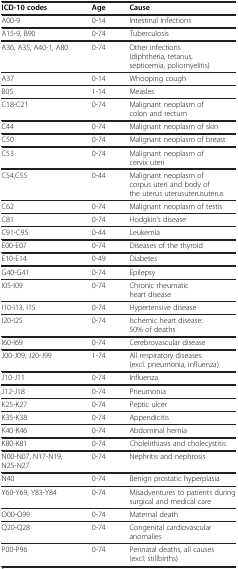
| ICD-10 codes | Age | Cause |
 | --- | --- | --- |
 | A00-9 | 0-14 | Intestinal infections |
 | A15-9, B90 | 0-74 | Tuberculosis |
 | A36, A35, A40-1, A80 | 0-74 | Other infections (diphtheria, tetanus, septicemia, poliomyelitis) |
 | A37 | 0-14 | Whooping cough |
 | B05 | 1-14 | Measles |
 | C18-C21 | 0-74 | Malignant neoplasm of colon and rectum |
 | C44 | 0-74 | Malignant neoplasm of skin |
 | C50 | 0-74 | Malignant neoplasm of breast |
 | C53 | 0-74 | Malignant neoplasm of cervix uteri |
 | C54,C55 | 0-44 | Malignant neoplasm of corpus uteri and body of the uterus uterusuterusuterus |
 | C62 | 0-74 | Malignant neoplasm of testis |
 | C81 | 0-74 | Hodgkin’s disease |
 | C91-C95 | 0-44 | Leukemia |
 | E00-E07 | 0-74 | Diseases of the thyroid |
 | E10-E14 | 0-49 | Diabetes |
 | G40-G41 | 0-74 | Epilepsy |
 | I05-I09 | 0-74 | Chronic rheumatic heart disease |
 | I10-I13, I15 | 0-74 | Hypertensive disease |
 | I20-I25 | 0-74 | Ischemic heart disease: 50% of deaths |
 | I60-I69 | 0-74 | Cerebrovascular disease |
 | J00-J09, J20-J99 | 1-74 | All respiratory diseases (excl. pneumonia, influenza) |
 | J10-J11 | 0-74 | Influenza |
 | J12-J18 | 0-74 | Pneumonia |
 | K25-K27 | 0-74 | Peptic ulcer |
 | K35-K38 | 0-74 | Appendicitis |
 | K40-K46 | 0-74 | Abdominal hernia |
 | K80-K81 | 0-74 | Cholelithiasis and cholecystitis |
 | N00-N07, N17-N19, N25-N27 | 0-74 | Nephritis and nephrosis |
 | N40 | 0-74 | Benign prostatic hyperplasia |
 | Y60-Y69, Y83-Y84 | 0-74 | Misadventures to patients during surgical and medical care |
 | O00-O99 | 0-74 | Maternal death |
 | Q20-Q28 | 0-74 | Congenital cardiovascular anomalies |
 | P00-P96 | 0-74 | Perinatal deaths, all causes (excl. stillbirths) |